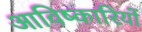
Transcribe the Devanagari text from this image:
आविष्कारियों